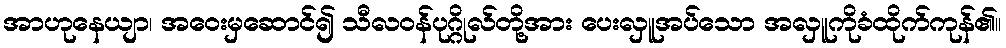
အာဟုနေယျာ၊ အဝေးမှဆောင်၍ သီလဝန်ပုဂ္ဂိုလ်တို့အား ပေးလှူအပ်သော အလှူကိုခံထိုက်ကုန်၏။